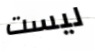
ليست